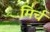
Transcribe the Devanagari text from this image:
मिर्च